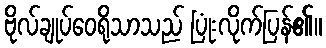
ဗိုလ်ချုပ်ဝေရိုသာသည် ပြုံးလိုက်ပြန်၏။